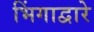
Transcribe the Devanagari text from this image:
भिंगाद्वारे